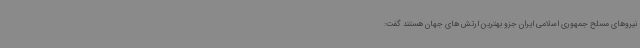
نیروهای مسلح جمهوری اسلامی ایران جزو بهترین ارتش های جهان هستند گفت: